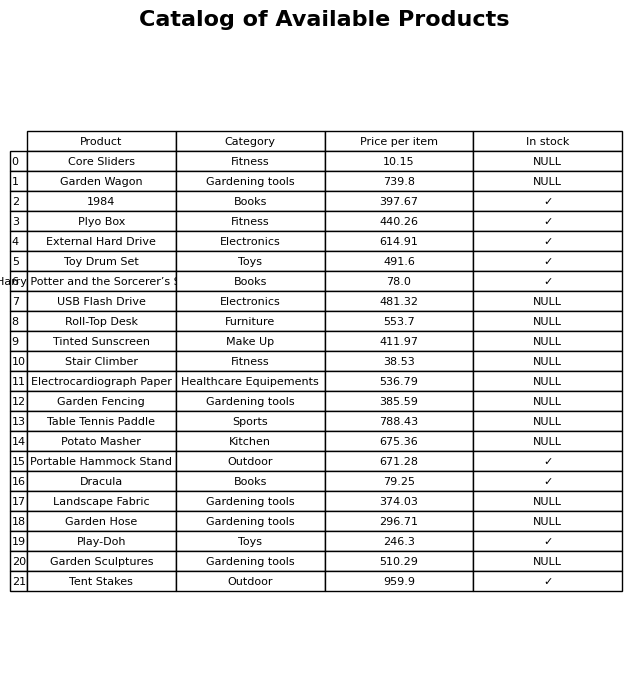
question: What is the price of the Potato Masher?
answer: The price of Potato Masher is 675.36.